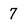
Character: 7